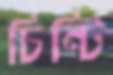
চিন্টি